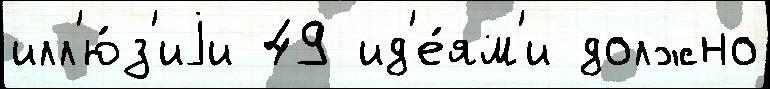
илл'ю́з'иjи 49 ид'е́ям'и должно